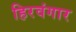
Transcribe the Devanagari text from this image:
हिरवंगार